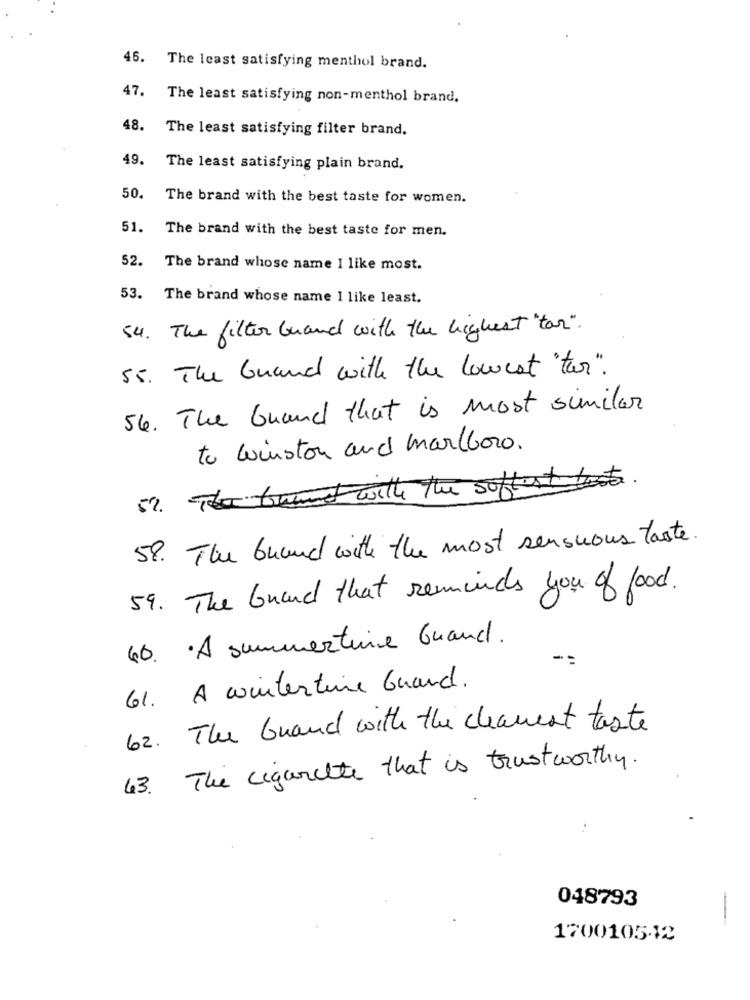
46.
The least satisfying menthol brand.
47.
The least satisfying non-menthol brand.
48.
The least satisfying filter brand.
49.
The least satisfying plain brand.
50.
The brand with the best taste for women.
51.
The brand with the best taste for men.
52.
The brand whose name I like most.
53.
The brand whose name 1 like least.
54. The filter brand with the highest "tar".
55 . The brand with the lowest "tar".
56. The brand that is most similar
to winston and marlboro.
52. The turned will the softest best.
58. The brand with the most sensuous taste.
59. The brand that reminds you of food.
40. A summertime Grand.
61. A wintertime Grand.
62. The Grand with the cleanest taste
63. The cigarette that is trustworthy.
:
048793
1700105-12